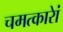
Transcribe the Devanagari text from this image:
चमत्कारेां